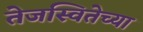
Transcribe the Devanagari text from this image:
तेजस्वितेच्या